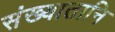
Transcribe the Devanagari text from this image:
संख्यातानि